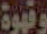
وقهوة